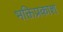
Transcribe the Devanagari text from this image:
भक्तिप्रकाश